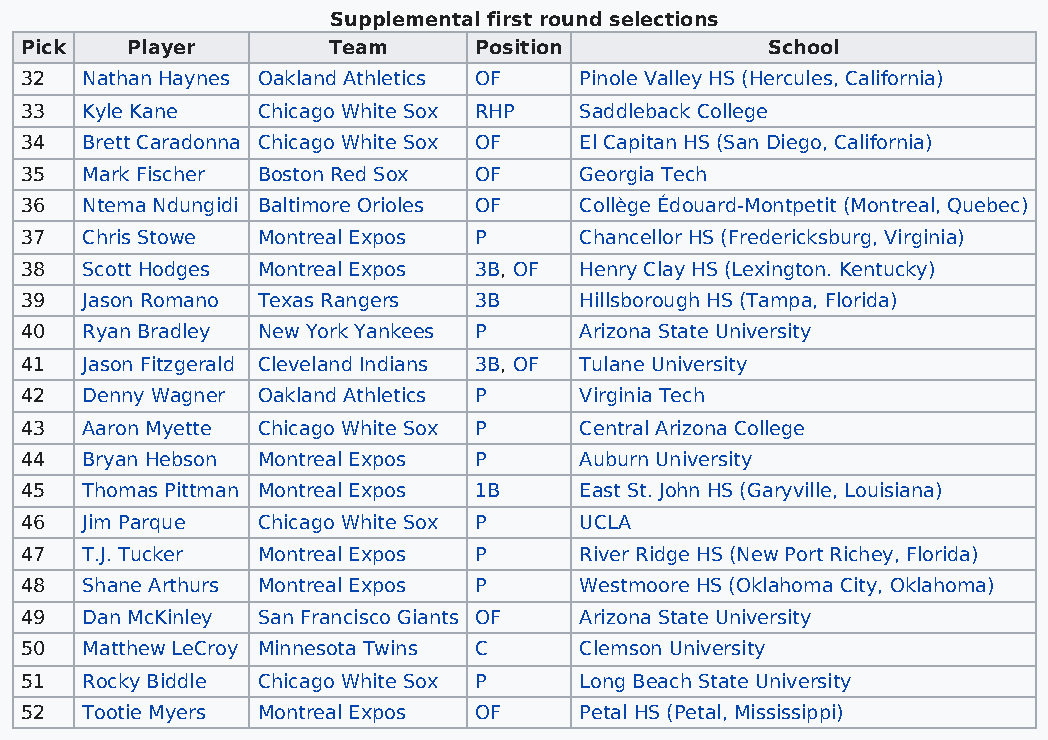
Supplemental first round selections
 Pick   Player        Team     Position            School
 32  Nathan Haynes Oakland Athletics OF Pinole Valley HS (Hercules, California)
 33  Kyle Kane   Chicago White Sox RHP Saddleback College
 34  Brett Caradonna Chicago White Sox OF El Capitan HS (San Diego, California)
 35  Mark Fischer Boston Red Sox OF   Georgia Tech
 36  Ntema Ndungidi Baltimore Orioles OF Collège Édouard-Montpetit (Montreal, Quebec)
 37  Chris Stowe Montreal Expos P     Chancellor HS (Fredericksburg, Virginia)
 38  Scott Hodges Montreal Expos 3B, OF Henry Clay HS (Lexington. Kentucky)
 39  Jason Romano Texas Rangers 3B    Hillsborough HS (Tampa, Florida)
 40  Ryan Bradley New York Yankees P  Arizona State University
 41  Jason Fitzgerald Cleveland Indians 3B, OF Tulane University
 42  Denny Wagner Oakland Athletics P Virginia Tech
 43  Aaron Myette Chicago White Sox P Central Arizona College
 44  Bryan Hebson Montreal Expos P    Auburn University
 45  Thomas Pittman Montreal Expos 1B East St. John HS (Garyville, Louisiana)
 46  Jim Parque  Chicago White Sox P  UCLA
 47  T.J. Tucker Montreal Expos P     River Ridge HS (New Port Richey, Florida)
 48  Shane Arthurs Montreal Expos P   Westmoore HS (Oklahoma City, Oklahoma)
 49  Dan McKinley San Francisco Giants OF Arizona State University
 50  Matthew LeCroy Minnesota Twins C Clemson University
 51  Rocky Biddle Chicago White Sox P Long Beach State University
 52  Tootie Myers Montreal Expos OF   Petal HS (Petal, Mississippi)